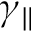
\gamma _ { \parallel }